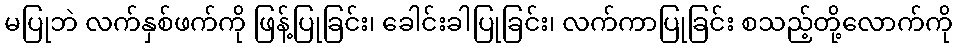
မပြုဘဲ လက်နှစ်ဖက်ကို ဖြန့်ပြုခြင်း၊ ခေါင်းခါပြုခြင်း၊ လက်ကာပြုခြင်း စသည့်တို့လောက်ကို